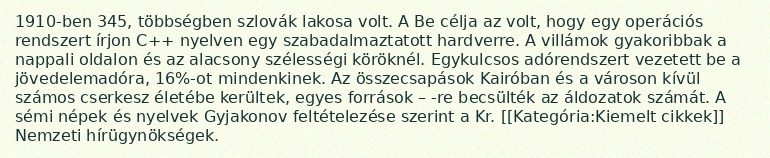
1910-ben 345, többségben szlovák lakosa volt. A Be célja az volt, hogy egy operációs rendszert írjon C++ nyelven egy szabadalmaztatott hardverre. A villámok gyakoribbak a nappali oldalon és az alacsony szélességi köröknél. Egykulcsos adórendszert vezetett be a jövedelemadóra, 16%-ot mindenkinek. Az összecsapások Kairóban és a városon kívül számos cserkesz életébe kerültek, egyes források – -re becsülték az áldozatok számát. A sémi népek és nyelvek Gyjakonov feltételezése szerint a Kr. [[Kategória:Kiemelt cikkek]] Nemzeti hírügynökségek.